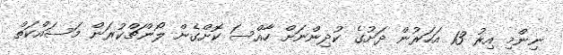
ނިންމި އިރު 13 އަހަރުން ދަށުގެ ކުދިންނަށް ހާއްސަ ކޮށްގެން ލޯންޗްކުރަން މަސައްކަތް